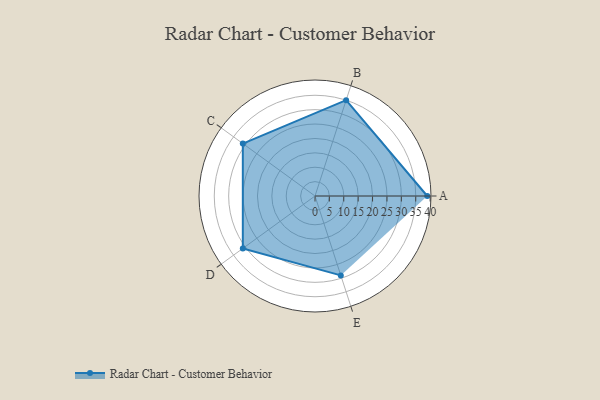
{"axis": {"x": "Skill", "y": "Score"}, "legend": ["Profile"], "data": [{"x": "A", "y": 39.0, "type": "Profile"}, {"x": "B", "y": 35.0, "type": "Profile"}, {"x": "C", "y": 31.0, "type": "Profile"}, {"x": "D", "y": 31.0, "type": "Profile"}, {"x": "E", "y": 29.0, "type": "Profile"}]}